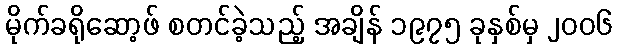
မိုက်ခရိုဆော့ဖ် စတင်ခဲ့သည့် အချိန် ၁၉၇၅ ခုနှစ်မှ ၂၀၀၆